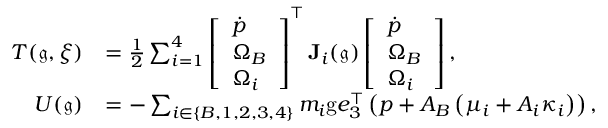
\begin{array} { r l } { T ( \mathfrak { g } , \xi ) } & { = \frac { 1 } { 2 } \sum _ { i = 1 } ^ { 4 } \left[ \begin{array} { l } { \dot { p } } \\ { \Omega _ { B } } \\ { \Omega _ { i } } \end{array} \right] ^ { \top } \mathbf { J } _ { i } ( \mathfrak { g } ) \left[ \begin{array} { l } { \dot { p } } \\ { \Omega _ { B } } \\ { \Omega _ { i } } \end{array} \right] , } \\ { U ( \mathfrak { g } ) } & { = - \sum _ { i \in \{ B , 1 , 2 , 3 , 4 \} } m _ { i } \mathrm { g } e _ { 3 } ^ { \top } \left( p + A _ { B } \left( \mu _ { i } + A _ { i } \kappa _ { i } \right) \right) , } \end{array}